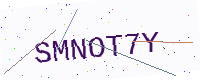
Text: SMNOT7Y